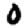
Digit: 0